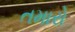
તમારો